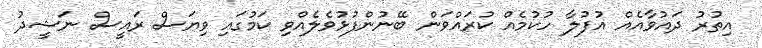
އިތުރު ދައުވާއެއް އުފުލާ ހުކުމެއް ކުރައްވަން ބޭނުންފުޅުވެލެއްވި ކަމުގައި ވިޔަސް ރައީސް ނަޝީދު